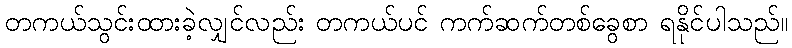
တကယ်သွင်းထားခဲ့လျှင်လည်း တကယ်ပင် ကက်ဆက်တစ်ခွေစာ ရနိုင်ပါသည်။